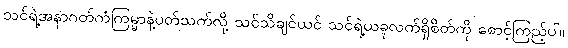
သင်ရဲ့အနာဂတ်ကံကြမ္မာနဲ့ပတ်သက်လို့ သင်သိချင်ယင် သင်ရဲ့ယခုလက်ရှိစိတ်ကို စောင့်ကြည့်ပါ။